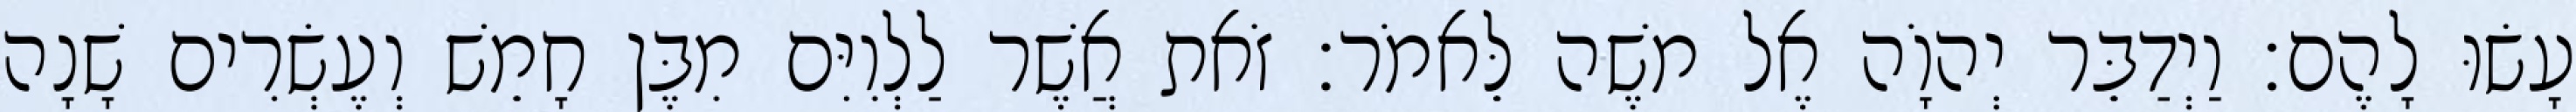
עָשׂוּ לָהֶם׃ וַיְדַבֵּר יְהוָֹה אֶל משֶׁה לֵּאמֹר׃ זֹאת אֲשֶׁר לַלְוִיִּם מִבֶּן חָמֵשׁ וְעֶשְׂרִים שָׁנָה